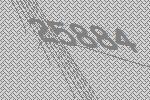
25884